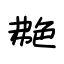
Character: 艴